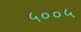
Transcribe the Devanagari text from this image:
५००५